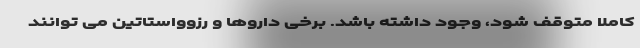
کاملا متوقف شود، وجود داشته باشد. برخی داروها و رزوواستاتین می توانند